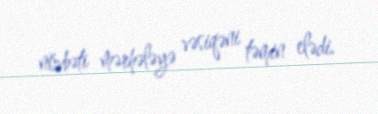
növbəti mərhələyə vəsiqəni təmin elədi.